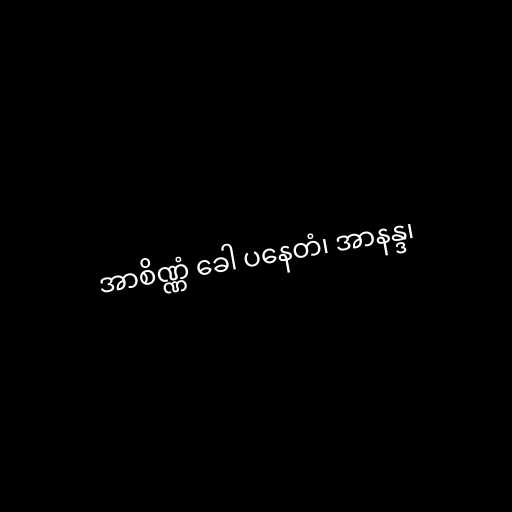
အာစိဏ္ဏံ ခေါ ပနေတံ၊ အာနန္ဒ၊